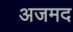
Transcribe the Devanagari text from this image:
अजमद